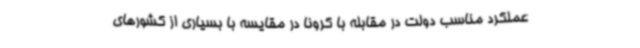
عملکرد مناسب دولت در مقابله با کرونا در مقایسه با بسیاری از کشورهای